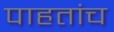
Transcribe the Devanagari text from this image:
पाहतांच